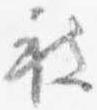
被